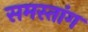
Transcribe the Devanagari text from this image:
समस्तांग